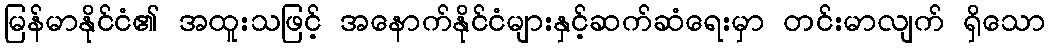
မြန်မာနိုင်ငံ၏ အထူးသဖြင့် အနောက်နိုင်ငံများနှင့်ဆက်ဆံရေးမှာ တင်းမာလျက် ရှိသော